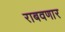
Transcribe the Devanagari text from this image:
राबवणार